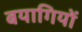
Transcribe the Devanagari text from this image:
बयागियों